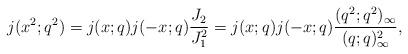
LaTeX: \begin{align*}j(x^2;q^2) = j(x;q)j(-x;q)\frac{J_2}{J_1^2} = j(x;q)j(-x;q)\frac{(q^2;q^2)_\infty}{(q;q)_{\infty}^2},\end{align*}